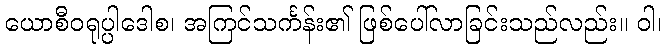
ယောစီဝရုပ္ပါဒေါစ၊ အကြင်သင်္ကန်း၏ ဖြစ်ပေါ်လာခြင်းသည်လည်း။ ဝါ၊